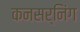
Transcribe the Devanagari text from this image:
कनसर्निंग